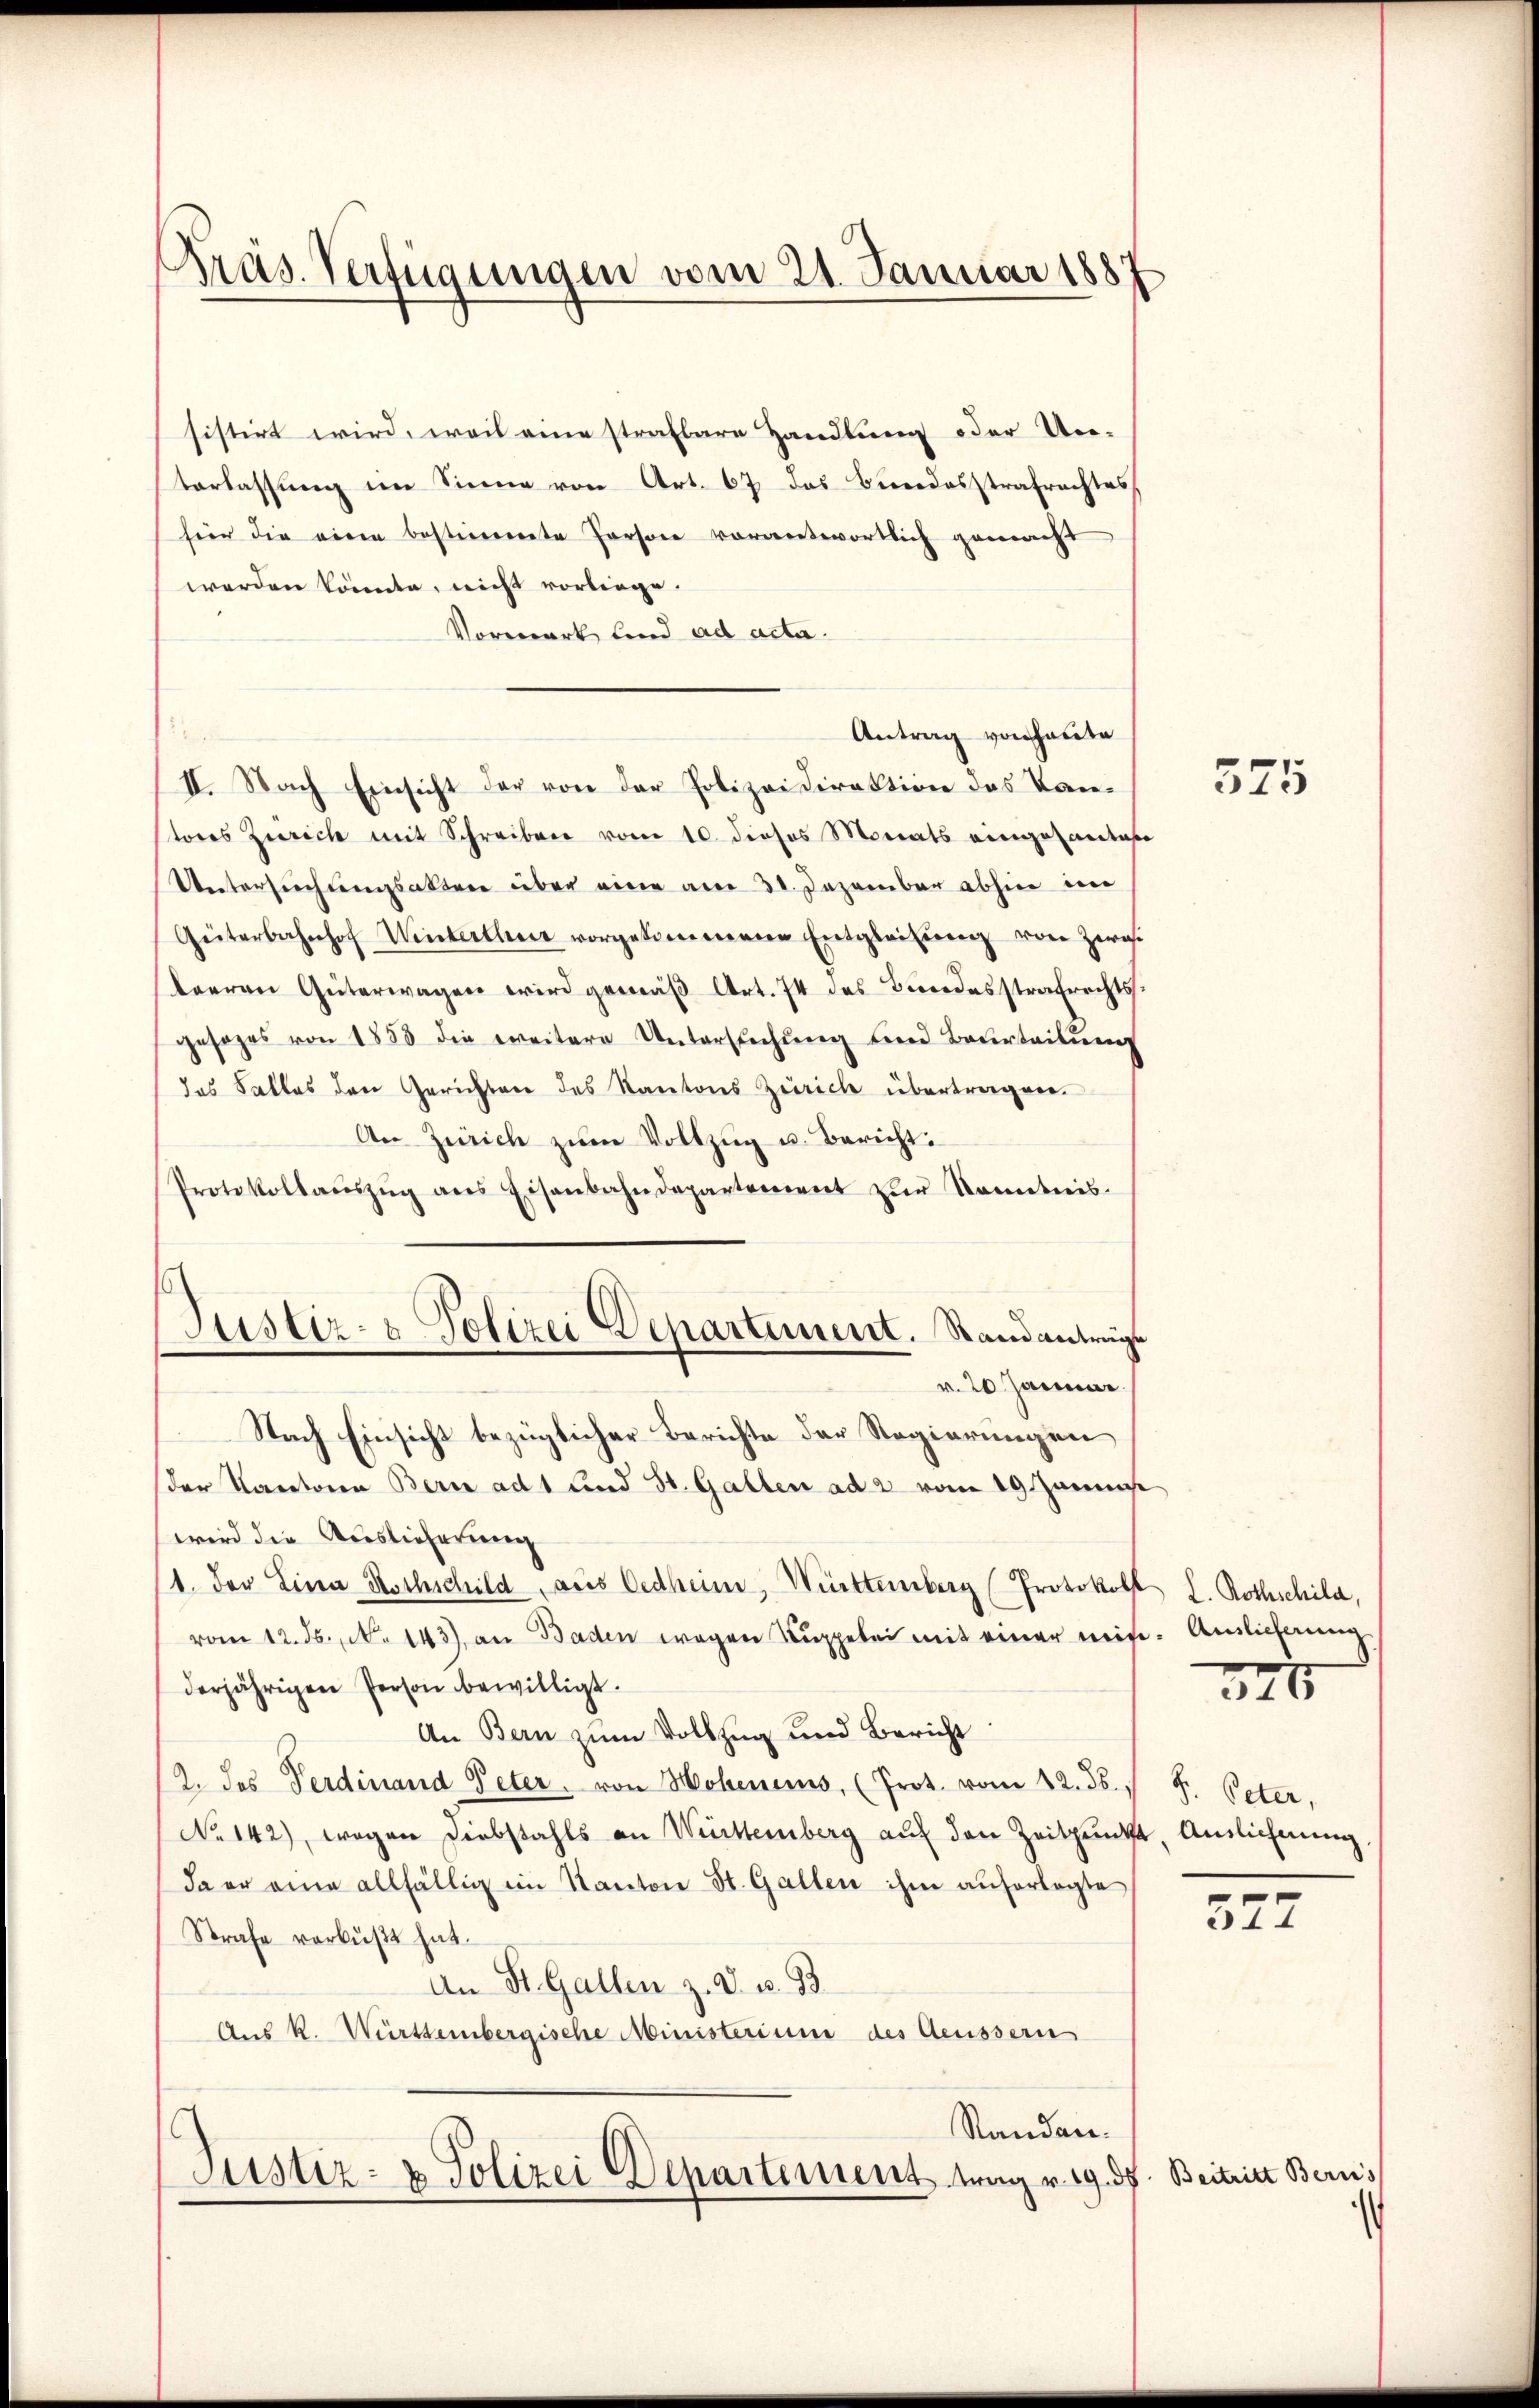
Präs. Verfügungen vom 21. Januar 1887

sistirt wird, weil eine strafbare Handlung oder Un-
terlassung im Sinne von Art. 67 das Bundesstrafrechtes,
hier die einen bestimente Person vorantwortlich gemacht
werden könnte, nicht vorliege.
Vorwerk sind ad acta.
Antrag von haute
II. Nach Einsicht der von der Polizeidirektion des Kantores Zürich mit Schreiben vom 10. dieses Monats eingesamtes
Untersuchungsaktere über eine am 31. Dezember abhier in
Güterbahnhof Wintellen vorgekommene Entgleitŭng von Zwis
leeren Güterwagen wird gemäβ Art. 74 des Bundesstrafrechts-
gesages von 1858 die weitere Untersŭchŭng und Beurteilŭng
das Falles den Gerichten des Kantons Zürich übertragen.
An Zürich zum Vollzug u. Bericht:
Protokollaŭszŭg ans Eisenbahndepartement zŭr Kenntnis-
s
Justiz- & Polizei Departement. Standanträge
r. 20 Januar.
Nach Einsicht bezüglicher Berichte der Regierungen
der Kantone Bern ad 1 und St. Gallen ad 2 vom 19. Janu
wird die Auslieferung
11. Der Lina Hochschild aus Oedheim, Württemberg (Protokoll
vom 12. ds., No 143) an Baden wegen Kuppelei mit einer mise. Anlieferung
derjährigen Person bewilligt.
An Bern zum Vollzug und Bericht
2. des Ferdinand Peter. von Hohenens, (Prot. vom 12. ds.,
No 142), wegen Diebstahls an Württemberg auf den Zeitpunk
da er eine allfällig im Kanton St. Gallen ihm aufertigte
Strafe verbüßt hat.
An St. Gallen z. B. u. 93.
Aus K. Württembergische Ministerium des Aeussern
Randan¬
Justiz- & Polizei Departement trag v. 19. d

e

575

L. Rothschild,
341

S. Peter,
4. Auslichnung,

377

Beitritt Bernis